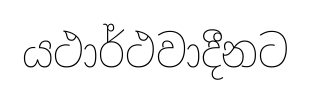
යථාර්ථවාදීනට